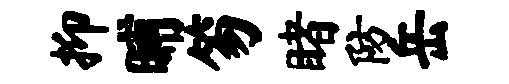
抑晡笏睹防岳